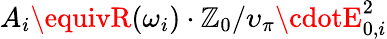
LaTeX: A_{i}\equivR(\omega_{i})\cdot\mathbb{Z}_{0}/\upsilon_{\pi}\cdotE_{0,i}^{2}